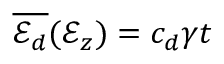
\overline { { \mathscr { E } _ { d } } } ( \mathcal { E } _ { z } ) = c _ { d } \gamma t